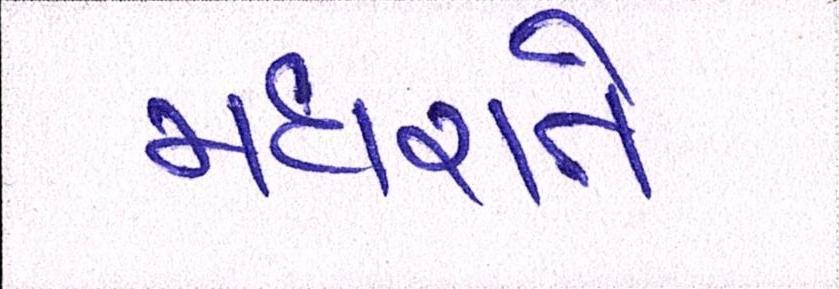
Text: મધરાતે